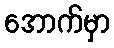
အောက်မှာ